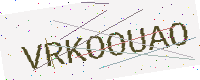
Text: VRKOOUAO